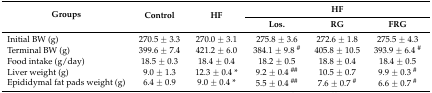
| <ROWSPAN=2> Groups | <ROWSPAN=2> Control | <ROWSPAN=2> HF | <COLSPAN=3> HF |
 | Los. | RG | FRG |
 | --- | --- | --- | --- | --- | --- |
 | Initial BW (g) | 270.5 ± 3.3 | 270.0 ± 3.1 | 275.8 ± 3.6 | 272.6 ± 1.8 | 275.5 ± 4.3 |
 | Terminal BW (g) | 399.6 ± 7.4 | 421.2 ± 6.0 | 384.1 ± 9.8 # | 405.8 ± 10.5 | 393.9 ± 6.4 # |
 | Food intake (g/day) | 18.5 ± 0.3 | 18.4 ± 0.4 | 18.2 ± 0.5 | 18.8 ± 0.4 | 18.4 ± 0.5 |
 | Liver weight (g) | 9.0 ± 1.3 | 12.3 ± 0.4 * | 9.2 ± 0.4 ## | 10.5 ± 0.7 | 9.9 ± 0.3 # |
 | Epididymal fat pads weight (g) | 6.4 ± 0.9 | 9.0 ± 0.4 * | 5.5 ± 0.4 ## | 7.6 ± 0.7 # | 6.6 ± 0.7 # |